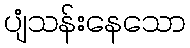
ပျံသန်းနေသော